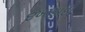
દખણાદી